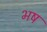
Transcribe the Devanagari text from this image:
भष